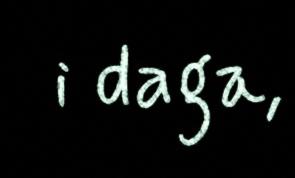
i daga,